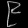
Digit: ၉